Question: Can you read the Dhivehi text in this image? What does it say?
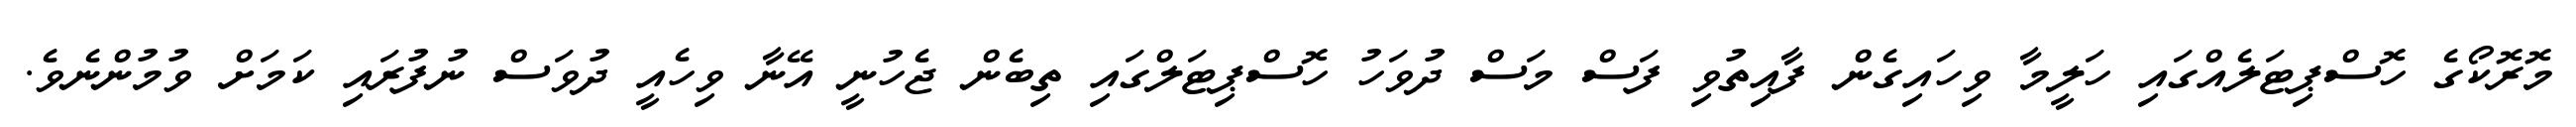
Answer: މޮރޮކޯގެ ހޮސްޕިޓަލެއްގައި ހަލީމާ ވިހައިގެން ފާއިތުވި ފަސް މަސް ދުވަހު ހޮސްޕިޓަލްގައި ތިބެން ޖެހުނީ އޭނާ ވިހެއީ ދުވަސް ނުފުރައި ކަމަށް ވުމުންނެވެ.